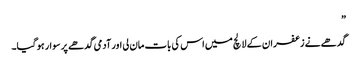
”
گدھے نے زعفران کے لالچ میں اس کی بات مان لی اور آدمی گدھے پر سوار ہو گیا۔